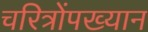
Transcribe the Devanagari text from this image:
चरित्रोंपख्यान